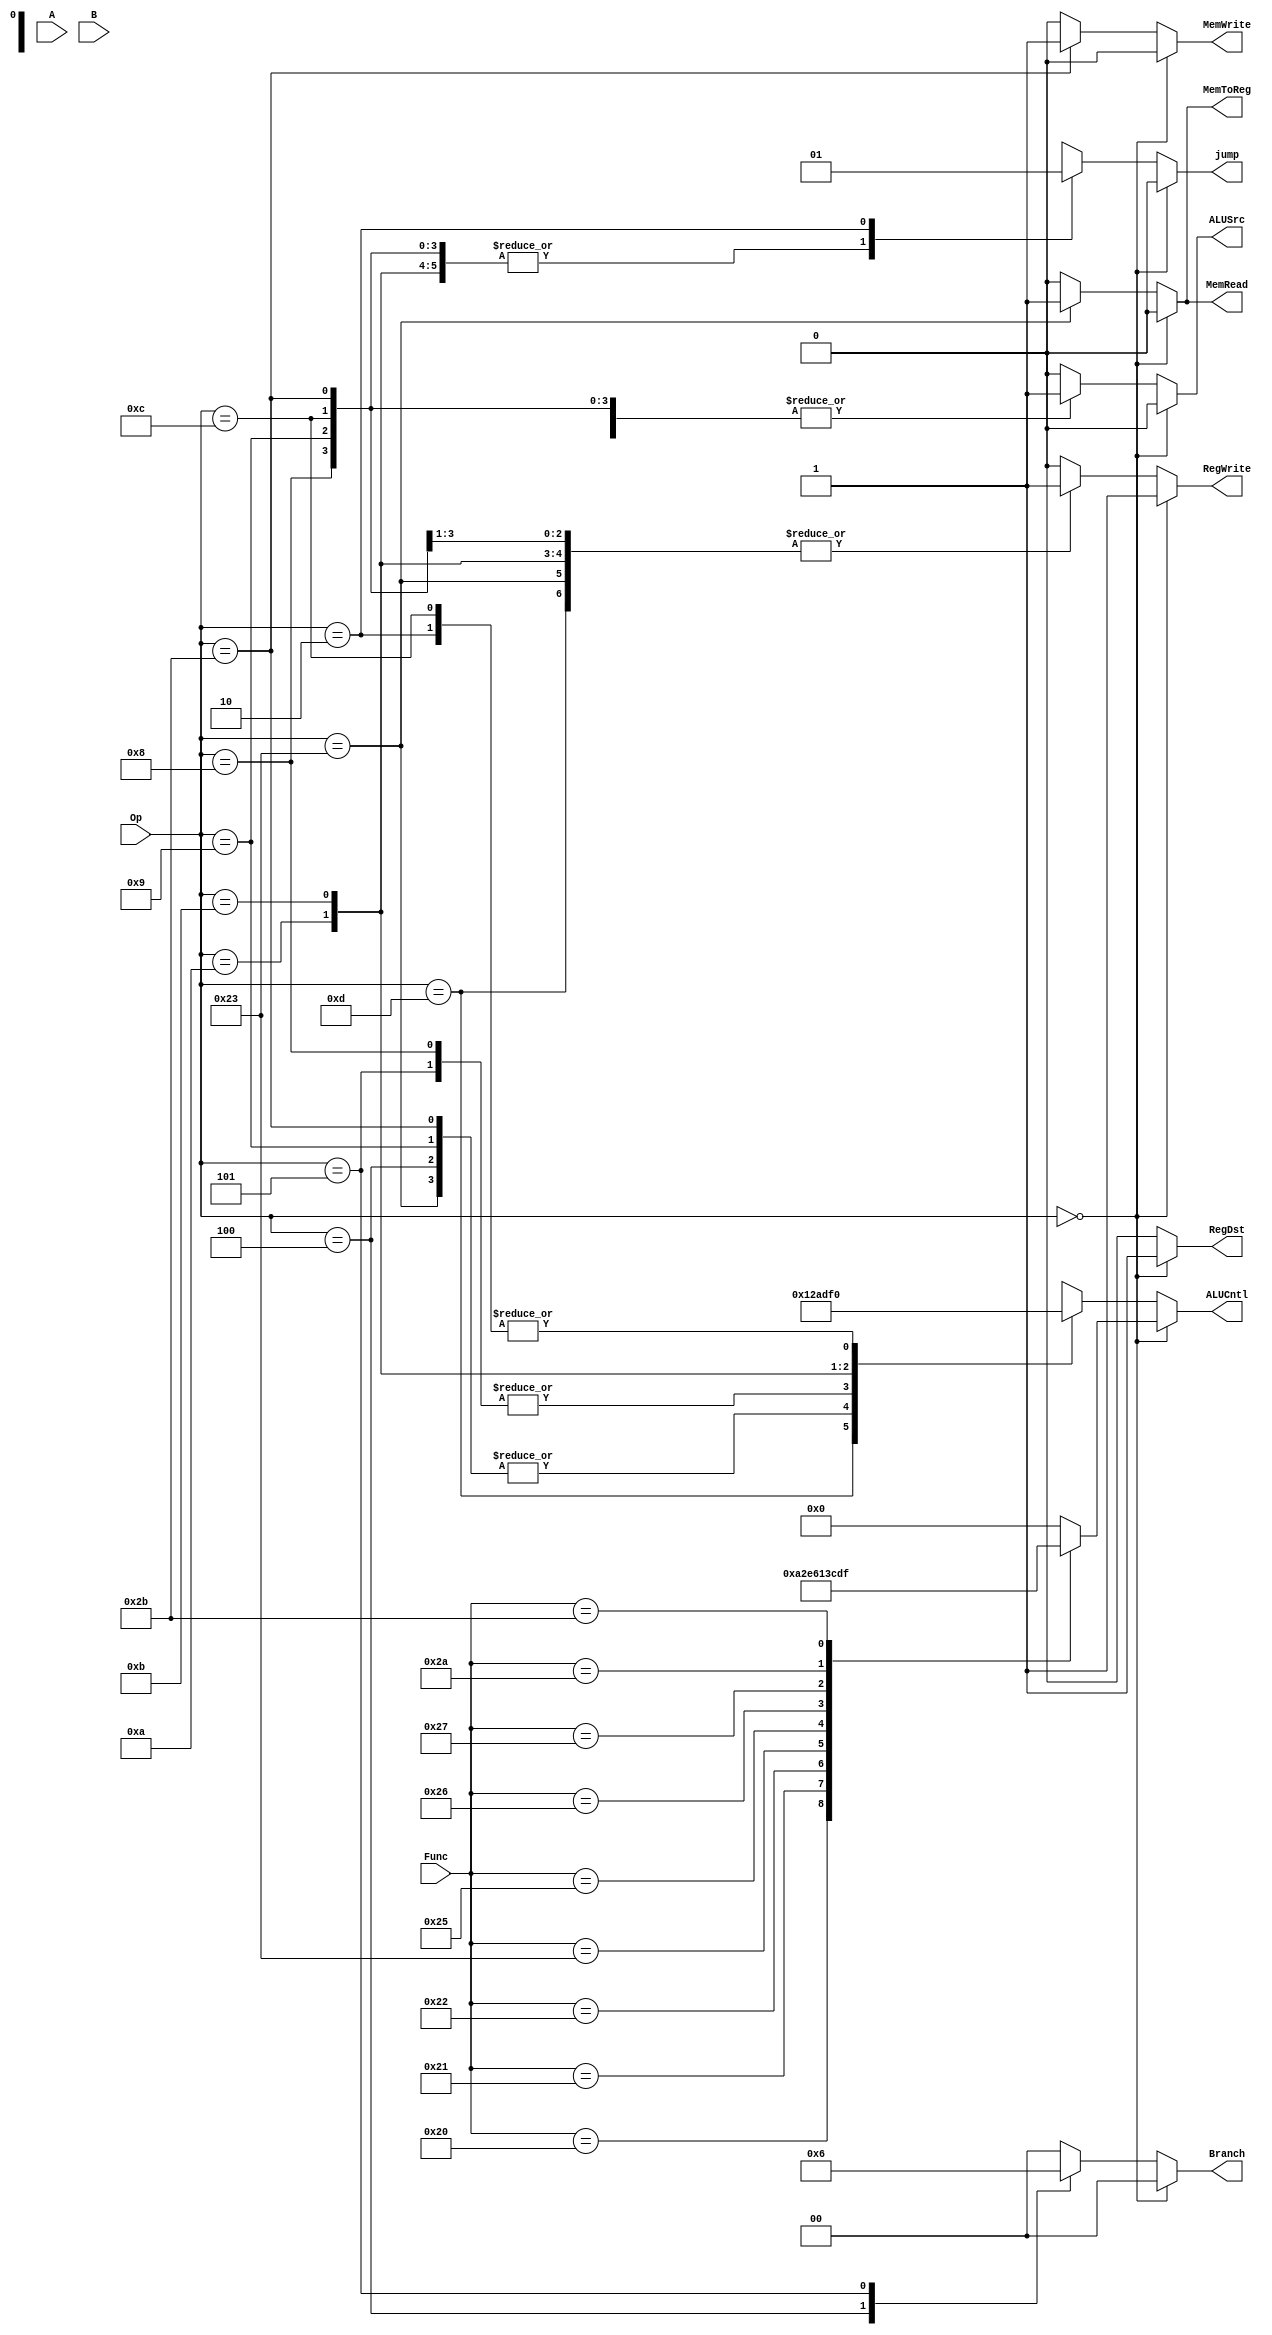
`timescale 1ns / 1ps
//////////////////////////////////////////////////////////////////////////////////
// Company: 
// Engineer: 
// 
// Design Name: 
// Module Name: control
// Project Name: 
// Target Devices: 
// Tool Versions: 
// Description: 
// 
// Dependencies: 
// 
// Revision:
// Revision 0.01 - File Created
// Additional Comments:
// 
//////////////////////////////////////////////////////////////////////////////////


module control(
    input [31:0] A,
    input [31:0] B,
    input [5:0] Op,
    input [5:0] Func,
    output reg [3:0] ALUCntl,
    output reg RegWrite,
    output reg RegDst,
    output reg [1:0] Branch,
    output reg MemRead,
    output reg MemWrite,
    output reg MemToReg,
    output reg ALUSrc,
    output reg jump
    
    );
    
    reg signed [31:0] A_s, B_s;
    
    
    always@(*) begin
    A_s = A;
    B_s = B;
        if (Op == 6'b0) begin  //Detects R-type instruction
            RegWrite = 1'b1;   // Write back to register file
            RegDst = 1'b1;     // Inst[15:11] as write back address
            Branch = 2'b00;    // You fill in 
            MemRead = 1'b0;   // You fill in
            MemWrite = 1'b0;  // You fill in
            MemToReg = 1'b0;  // You fill in
            ALUSrc = 1'b0;    // You fill in
            jump = 1'b0;    
            
            case(Func)
            6'h20: ALUCntl = 4'b1010;    //Add signed
            6'h21: ALUCntl = 4'b0010;    //Add unsigned
            6'h22: ALUCntl = 4'b1110;    //Sub signed
            6'h23: ALUCntl = 4'b0110;    //Sub unsigned
            6'h24: ALUCntl = 4'b0000;    //AND
            6'h25: ALUCntl = 4'b0001;    //OR
            6'h26: ALUCntl = 4'b0011;    //XOR
            6'h27: ALUCntl = 4'b1100;    //NOR
            6'h2A: ALUCntl = 4'b1101;    //Set less than
            6'h2B: ALUCntl = 4'b1111;    //Set less than unsigned
  
            default: ALUCntl = 4'b0;  //default to AND
            endcase
        end
        else begin
            case(Op)
                6'h08: begin                  // Addi
                          ALUCntl  = 4'b1010; // Add ALU Control
                          RegWrite = 1'b1;    // Write back to register file
                          RegDst   = 1'b0;    // Inst[20:16] write back address
                          Branch   = 2'b00;   // No Branch Performed
                          MemRead  = 1'b0;    // No read from data memory
                          MemWrite = 1'b0;    // No write from to data memory
                          MemToReg = 1'b0;    // Write back data comes from ALU
                          ALUSrc   = 1'b1;    // Source B comes from SE immediate
                          jump     = 1'b0;
                        end
                        
                6'h09: begin                  // Addi Unsigned
                          ALUCntl  = 4'b0010; // Add ALU Control
                          RegWrite = 1'b1;    // Write back to register file
                          RegDst   = 1'b0;    // Inst[20:16] write back address
                          Branch   = 2'b00;   // No Branch Performed
                          MemRead  = 1'b0;    // No read from data memory
                          MemWrite = 1'b0;    // No write from to data memory
                          MemToReg = 1'b0;    // Write back data comes from ALU
                          ALUSrc   = 1'b1;    // Source B comes from SE immediate
                          jump     = 1'b0;
                        end
                
                6'h0C: begin                  // And Immediate
                          ALUCntl  = 4'b0000; // Add ALU Control
                          RegWrite = 1'b1;    // Write back to register file
                          RegDst   = 1'b0;    // Inst[20:16] write back address
                          Branch   = 2'b00;   // No Branch Performed
                          MemRead  = 1'b0;    // No read from data memory
                          MemWrite = 1'b0;    // No write from to data memory
                          MemToReg = 1'b0;    // Write back data comes from ALU
                          ALUSrc   = 1'b1;    // Source B comes from SE immediate
                          jump     = 1'b0;
                        end
                        
                6'h0D: begin                  // Or Immediate
                          ALUCntl  = 4'b0001; // Add ALU Control
                          RegWrite = 1'b1;    // Write back to register file
                          RegDst   = 1'b0;    // Inst[20:16] write back address
                          Branch   = 2'b00;   // No Branch Performed
                          MemRead  = 1'b0;    // No read from data memory
                          MemWrite = 1'b0;    // No write from to data memory
                          MemToReg = 1'b0;    // Write back data comes from ALU
                          ALUSrc   = 1'b1;    // Source B comes from SE immediate
                          jump     = 1'b0;
                        end        
                        
                6'h23: begin                  // Load Word
                          ALUCntl  = 4'b0010; // Add ALU Control
                          RegWrite = 1'b1;    // Write back to register file
                          RegDst   = 1'b0;    // Inst[20:16] write back address
                          Branch   = 2'b00;   // No Branch Performed
                          MemRead  = 1'b1;    // No read from data memory
                          MemWrite = 1'b0;    // No write from to data memory
                          MemToReg = 1'b1;    // Write back data comes from ALU
                          ALUSrc   = 1'b1;    // Source B comes from SE immediate
                          jump     = 1'b0;
                        end
                        
                6'h2B: begin                  // Store Word
                          ALUCntl  = 4'b0010; // Add ALU Control
                          RegWrite = 1'b0;    // Write back to register file
                          RegDst   = 1'b0;    // Inst[20:16] write back address
                          Branch   = 2'b00;   // No Branch Performed
                          MemRead  = 1'b0;    // No read from data memory
                          MemWrite = 1'b1;    // No write from to data memory
                          MemToReg = 1'b0;    // Write back data comes from ALU
                          ALUSrc   = 1'b1;    // Source B comes from SE immediate
                          jump     = 1'b0;
                        end
                        
                6'h04: begin                  // Branch On Equal
                          ALUCntl  = 4'b0010; // Add ALU Control
                          RegWrite = 1'b0;    // Write back to register file
                          RegDst   = 1'b0;    // Inst[20:16] write back address
                          Branch   = 2'b01;   // No Branch Performed
                          MemRead  = 1'b0;    // No read from data memory
                          MemWrite = 1'b0;    // No write from to data memory
                          MemToReg = 1'b0;    // Write back data comes from ALU
                          ALUSrc   = 1'b0;    // Source B comes from SE immediate //1
                          jump     = 1'b0;
                        end
                        
                6'h05: begin                 // Branch On Not Equal
                          ALUCntl  = 4'b1010;    // Add ALU Control
                          RegWrite = 1'b0;    // Write back to register file
                          RegDst   = 1'b0;    // Inst[20:16] write back address
                          Branch   = 2'b10;    // No Branch Performed
                          MemRead  = 1'b0;    // No read from data memory
                          MemWrite = 1'b0;    // No write from to data memory
                          MemToReg = 1'b0;    // Write back data comes from ALU
                          ALUSrc   = 1'b0;    // Source B comes from SE immediate
                          jump     = 1'b0;
                        end
                        
                6'h0A: begin                 // Set Less Than Immediate
                          ALUCntl  = 4'b1101;    // Add ALU Control
                          RegWrite = 1'b1;    // Write back to register file
                          RegDst   = 1'b0;    // Inst[20:16] write back address
                          Branch   = 2'b00;    // No Branch Performed
                          MemRead  = 1'b0;    // No read from data memory
                          MemWrite = 1'b0;    // No write from to data memory
                          MemToReg = 1'b0;    // Write back data comes from ALU
                          ALUSrc   = 1'b1;    // Source B comes from SE immediate
                          jump     = 1'b0;
                        end
                        
                6'h0B: begin                 // Set Less Than Immediate Unsigned
                          ALUCntl  = 4'b1111;    // Add ALU Control
                          RegWrite = 1'b1;    // Write back to register file
                          RegDst   = 1'b0;    // Inst[20:16] write back address
                          Branch   = 2'b00;    // No Branch Performed
                          MemRead  = 1'b0;    // No read from data memory
                          MemWrite = 1'b0;    // No write from to data memory
                          MemToReg = 1'b0;    // Write back data comes from ALU
                          ALUSrc   = 1'b0;    // Source B comes from SE immediate
                          jump     = 1'b0;
                        end 
                         
                6'h02: begin                  // Jump
                            ALUCntl  = 4'b0000;   // Add ALU Control
                            RegWrite = 1'b0;      // Write back to register file
                            RegDst   = 1'b0;      // Inst[20:16] write back address
                            Branch   = 2'b0;      // No Branch Performed
                            MemRead  = 1'b0;      // No read from data memory
                            MemToReg = 1'b0;      // No write from to data memory
                            MemWrite = 1'b0;      // No write from to data memory
                            ALUSrc   = 1'b0;      // Source B comes from SE immediate
                            jump     = 1'b1;      
                            
                         end         
                                                                           
                default:  begin
                          ALUCntl  = 4'bx;
                          RegWrite = 1'b0;
                          RegDst   = 1'b0;
                          Branch   = 2'b0;
                          MemRead  = 1'b0;
                          MemToReg = 1'b0;
                          MemWrite = 1'b0;
                          ALUSrc   = 1'b0;
                          jump = 1'bx;
                          
                         end
            endcase
      
        end
    end
endmodule